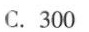
C.300